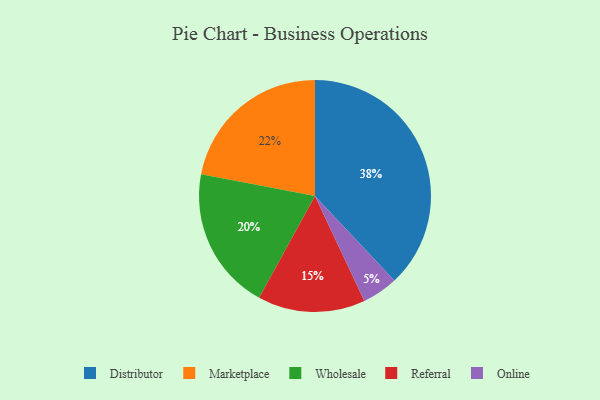
{"axis": {"x": "Category", "y": "Percentage"}, "legend": ["Distributor", "Marketplace", "Online", "Referral", "Wholesale"], "data": [{"x": "Distributor", "y": 38, "type": "Distributor"}, {"x": "Referral", "y": 15, "type": "Referral"}, {"x": "Marketplace", "y": 22, "type": "Marketplace"}, {"x": "Wholesale", "y": 20, "type": "Wholesale"}, {"x": "Online", "y": 5, "type": "Online"}]}